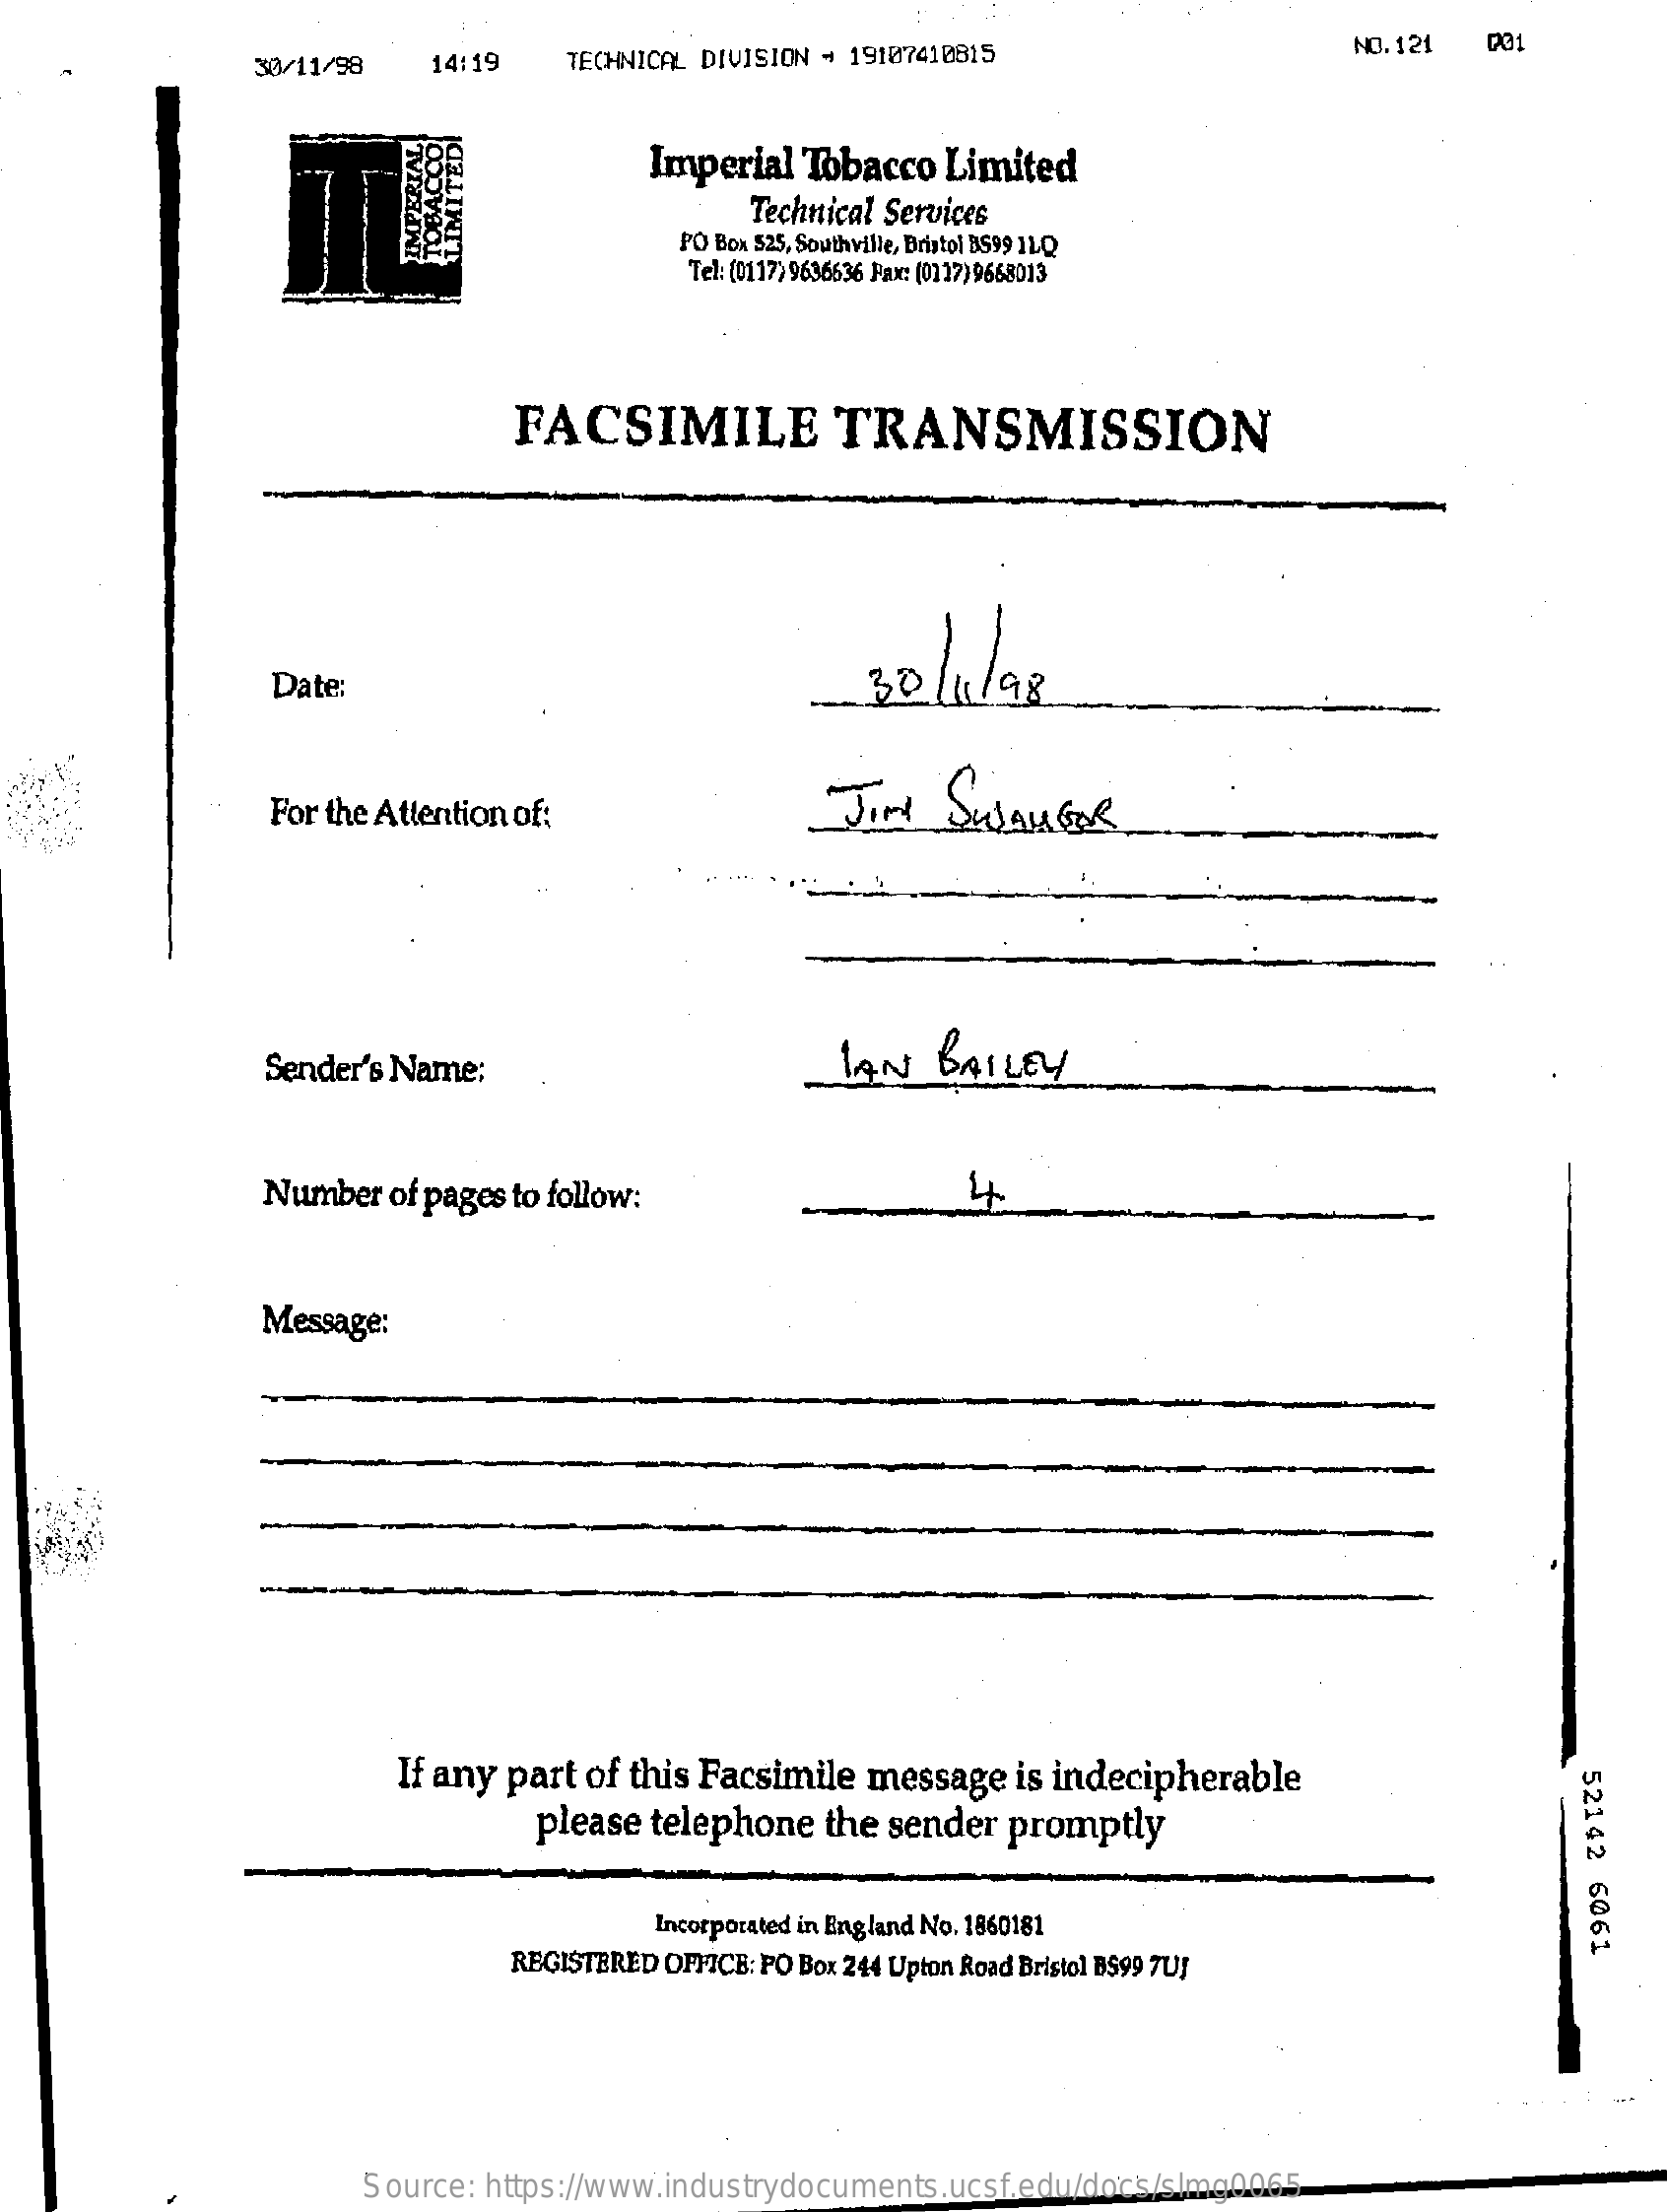
30/11/98   14:19    TECHNICAL DIVISION - 19107410815    NO. 121
     Imperial  Tobacco Limited
     Technical Services
     PO Box 525, Southville, Bristol BS99 ILQ
     Tel: (0117) 9636636 Fax: (0117) 9668013
     FACSIMILE    TRANSMISSION
     Date:
     For the Attention of:    Jiri   SwanGre
     Sender's Name:    IAN   BAILEY
     Number  of pages to follow:    4.
     Message:
     If any part of this Facsimile message  is indecipherable
     52142
     6061
     please telephone  the sender  promptly
     Incorporated in England No. 1860181
     REGISTERED OFFICE: PO Box 244 Upton Road Bristol BS99 7UJ
     Source: https://www.industrydocuments.ucsf.edu/docs/slmg0065